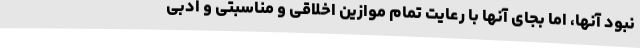
نبود آنها، اما بجای آنها با رعایت تمام موازین اخلاقی و مناسبتی و ادبی